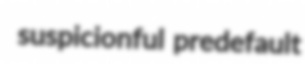
suspicionful predefault